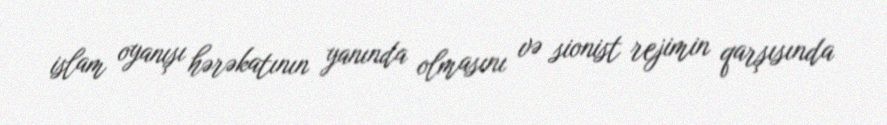
islam oyanışı hərəkatının yanında olmasını və sionist rejimin qarşısında